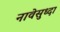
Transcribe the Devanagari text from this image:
नावेसुध्दा